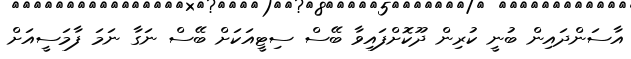
އާސަންދައިން ބުނީ ކުރިން ދޫކޮށްފައިވާ ބޭސް ސިޓީއަކަށް ބޭސް ނަގާ ނަމަ ފާމަސީއަށް